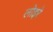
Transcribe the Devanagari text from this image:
लोइरे